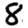
Digit: 8